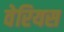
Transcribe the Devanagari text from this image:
वेरियस